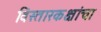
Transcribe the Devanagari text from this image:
विस्तारकक्षांचा